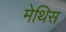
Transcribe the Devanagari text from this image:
मेथिस